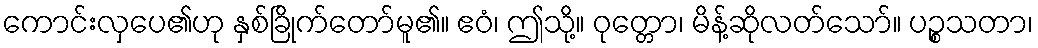
ကောင်းလှပေ၏ဟု နှစ်ခြိုက်တော်မူ၏။ ဧဝံ၊ ဤသို့။ ဝုတ္တော၊ မိန့်ဆိုလတ်သော်။ ပဉ္စသတာ၊